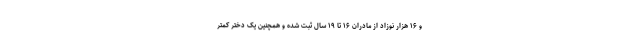
و ۱۶ هزار نوزاد از مادران ۱۶ تا ۱۹ سال ثبت شده و همچنین یک دختر کمتر